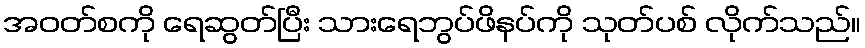
အဝတ်စကို ရေဆွတ်ပြီး သားရေဘွပ်ဖိနပ်ကို သုတ်ပစ် လိုက်သည်။